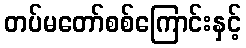
တပ်မတော်စစ်ကြောင်းနှင့်